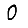
Digit: 0